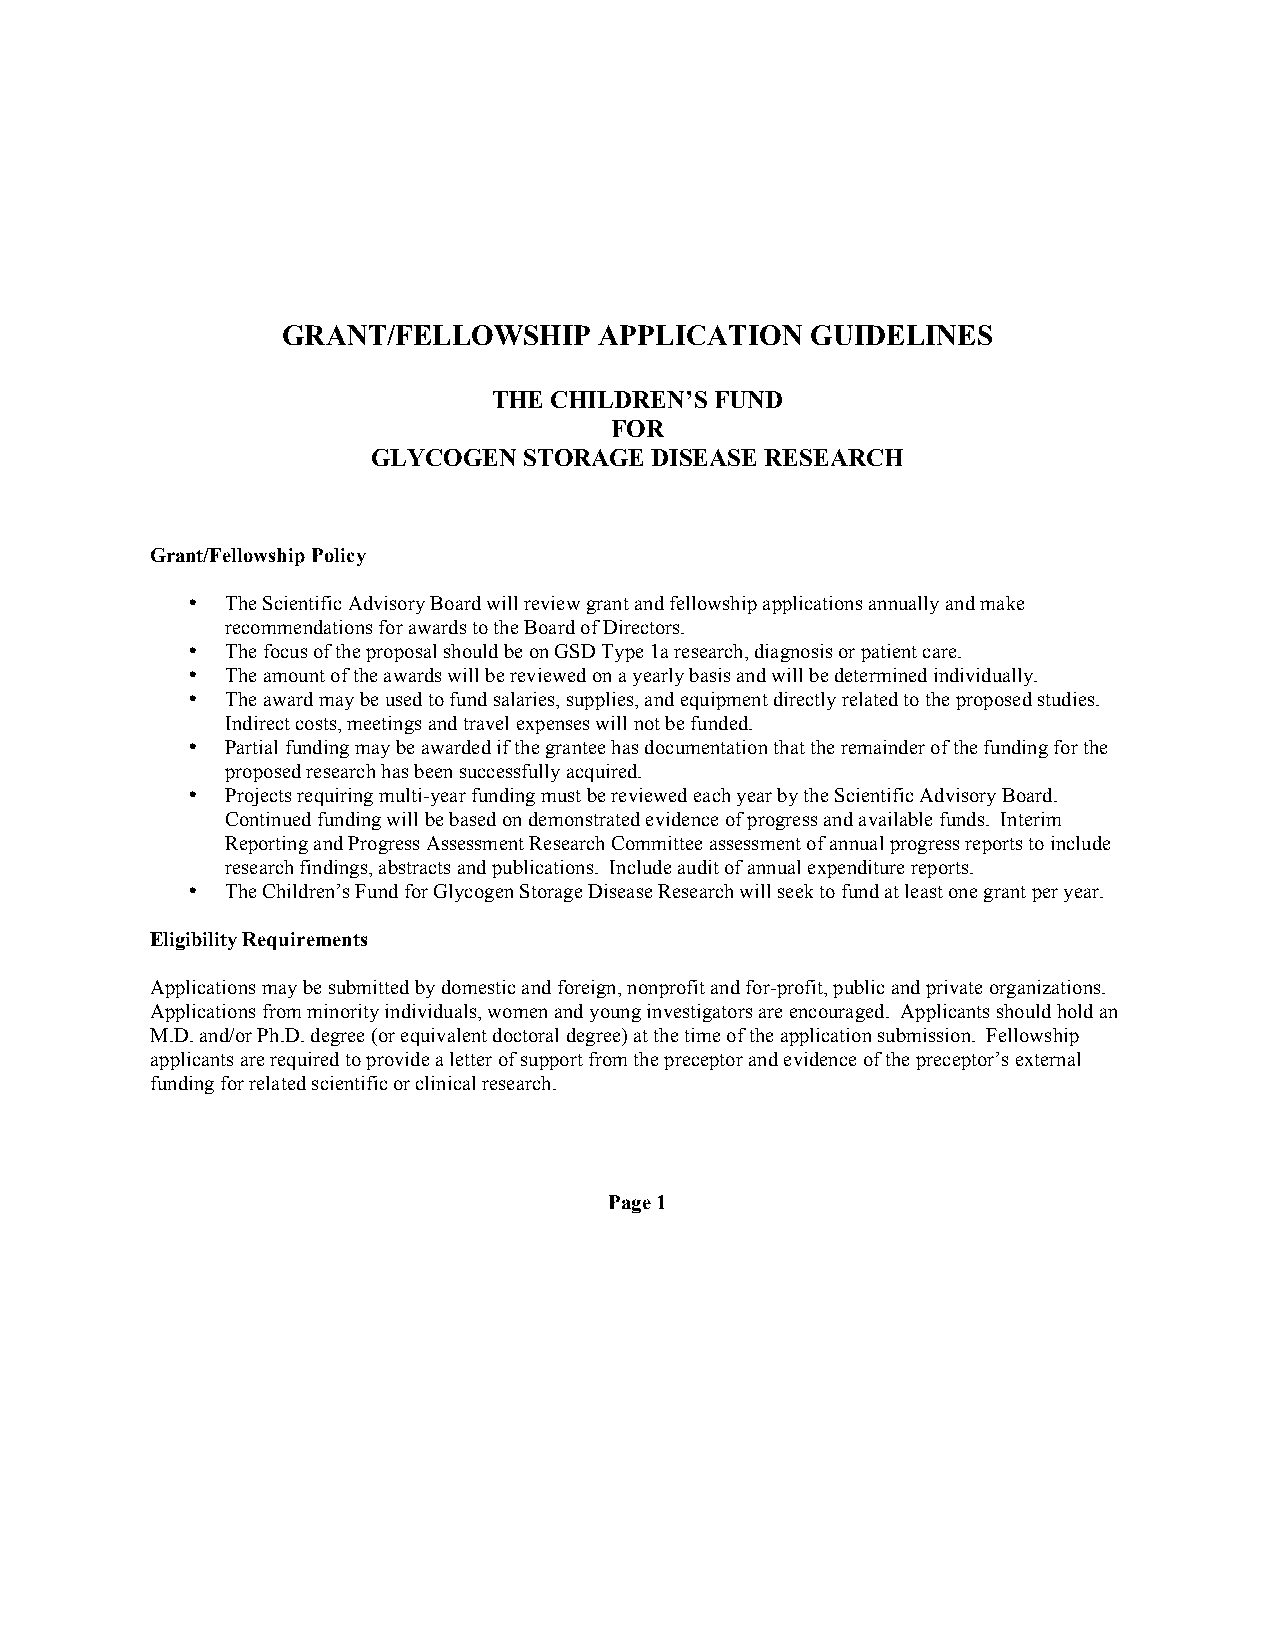
GRANT/FELLOWSHIP     APPLICATION   GUIDELINES
 THE CHILDREN’S FUND
 FOR
 GLYCOGEN  STORAGE DISEASE RESEARCH
 Grant/Fellowship Policy
 •  The Scientific Advisory Board will review grant and fellowship applications annually and make
 recommendations for awards to the Board of Directors.
 •  The focus of the proposal should be on GSD Type 1a research, diagnosis or patient care.
 •  The amount of the awards will be reviewed on a yearly basis and will be determined individually.
 •  The award may be used to fund salaries, supplies, and equipment directly related to the proposed studies.
 Indirect costs, meetings and travel expenses will not be funded.
 •  Partial funding may be awarded if the grantee has documentation that the remainder of the funding for the
 proposed research has been successfully acquired.
 •  Projects requiring multi-year funding must be reviewed each year by the Scientific Advisory Board.
 Continued funding will be based on demonstrated evidence of progress and available funds. Interim
 Reporting and Progress Assessment Research Committee assessment of annual progress reports to include
 research findings, abstracts and publications. Include audit of annual expenditure reports.
 •  The Children’s Fund for Glycogen Storage Disease Research will seek to fund at least one grant per year.
 Eligibility Requirements
 Applications may be submitted by domestic and foreign, nonprofit and for-profit, public and private organizations.
 Applications from minority individuals, women and young investigators are encouraged. Applicants should hold an
 M.D. and/or Ph.D. degree (or equivalent doctoral degree) at the time of the application submission. Fellowship
 applicants are required to provide a letter of support from the preceptor and evidence of the preceptor’s external
 funding for related scientific or clinical research.
 Page 1